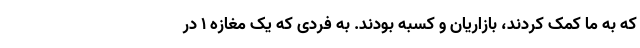
که به ما کمک کردند، بازاریان و کسبه بودند. به فردی که یک مغازه ۱ در